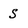
Character: S